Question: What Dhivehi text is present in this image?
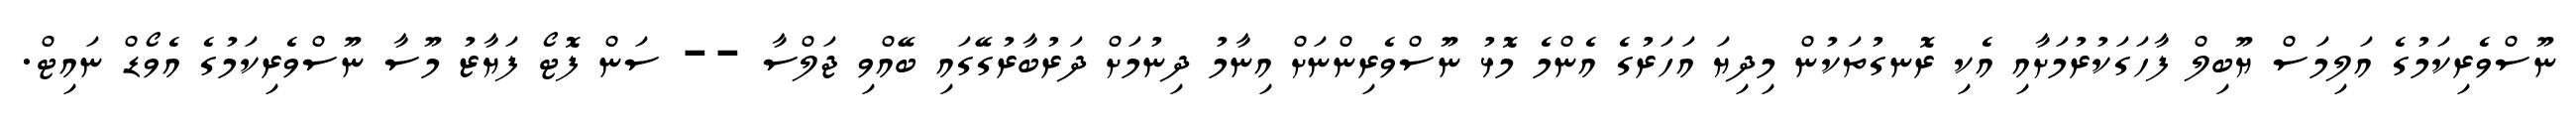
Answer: ނޫސްވެރިކަމުގެ އަލިމަސް ޔޫބިލް ފާހަގަކުރުމަށާއި އެކި ރޮނގުތަކުން މިދިޔަ އަހަރުގެ އެންމެ މޮޅު ނޫސްވެރިންނަށް އިނާމު ދިނުމަށް ދަރުބާރުގޭގައި ބޭއްވި ޖަލްސާ -- ސަން ފޮޓޯ ފަޔާޒު މޫސާ ނޫސްވެރިކަމުގެ އެވޯޑް ނައިޓް.